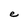
Character: e